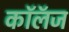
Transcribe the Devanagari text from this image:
कॉलॅज